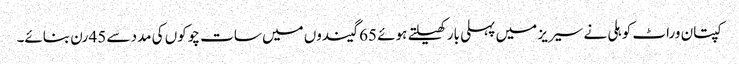
کپتان وراٹ کوہلی نے سیریز میں پہلی بار کھیلتے ہوئے 65 گیندوں میں سات چوکوں کی مدد سے 45 رن بنائے۔